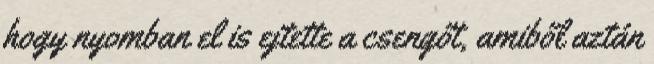
hogy nyomban el is ejtette a csengőt, amiből aztán